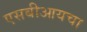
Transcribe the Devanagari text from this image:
एसबीआयचा